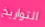
التواريخ